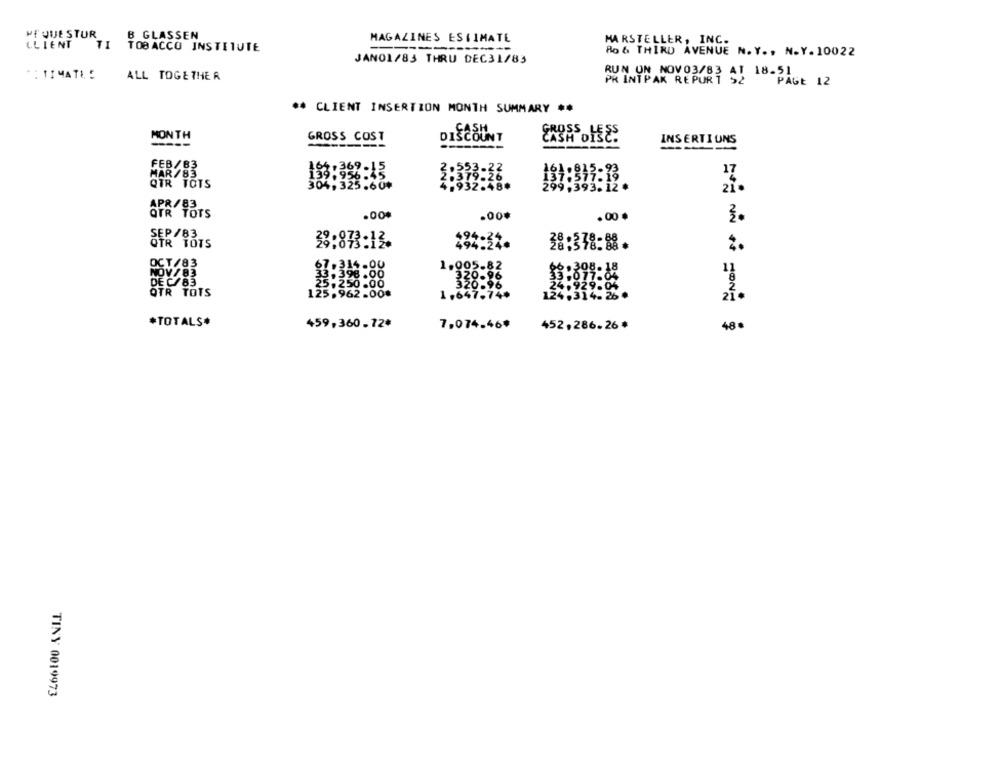
HE QUE STUR
B GLASSEN
MAGAZINES ESTIMATE
MARSTELLER, INC.
LLIENT
TOBACCO INSTITUTE
8o & THIRD AVENUE N. Y ., N.Y. 10022
JAN01/83 THRU DEC31/83
*: TIMATE :
ALL TOGETHER
PR INTPAK REPORT : 18-51
PAGE 12
** CLIENT INSERTION MONTH SUMMARY **
MONTH
GROSS COST
COUNT
CROSS HEES
INSERTIONS
FEB/B3
5
.22
MAR/83
133 : 392 -15
37
6
QTR TOTS
932
$8.
9,393.12.
21.
APR/83
OTR TOTS
.00%
.00.
.00 .
3.
SEP /83
OTR TOTS
33:873:12.
494-31.
28:378:88.
OCT/83
67.314.00
1.005.82
66 . 308-18
NOV/83
33.398.00
320.96
DE C/83
33-077.04
25-250.00
320.96
24.929.04
OTR TOTS
125.962.00₺
1.647.74*
124.314. 26 .
21.
*TOTALS*
459,360.72ª
7,074.46#
452, 286.26 *
48€
TINY 0019973